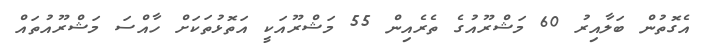
އެގޮތުން ބަލާއިރު 60 މަޝްރޫއުގެ ތެރެއިން 55 މަޝްރޫއަކީ އަތޮޅުތަކަށް ހާއްސަ މަޝްރޫއުތައް